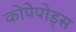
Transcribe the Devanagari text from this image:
कोपेपोड्स